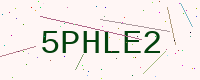
Text: 5PHLE2